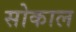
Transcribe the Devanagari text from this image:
सोकाल